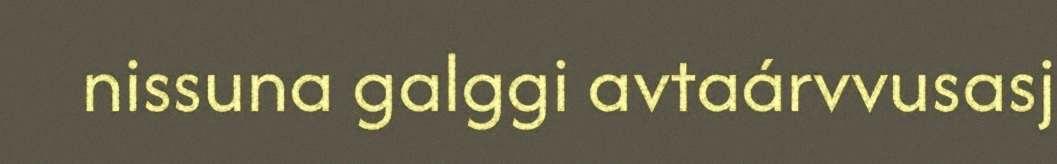
nissuna galggi avtaárvvusasj